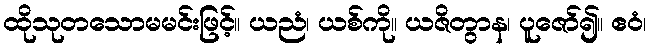
ထိုသုတသောမမင်းဖြင့်။ ယညံ၊ ယစ်ကို။ ယဇိတွာန၊ ပူဇော်၍။ ဧဝံ၊